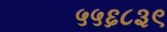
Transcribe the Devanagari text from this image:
५५६८३९